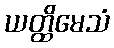
ယတ္ထိမေသံ